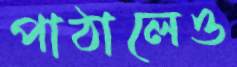
পাঠালেও